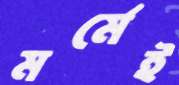
মর্মেই